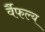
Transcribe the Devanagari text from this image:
र्वैफल्य